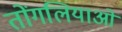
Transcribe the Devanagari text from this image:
तोंगलियाओ